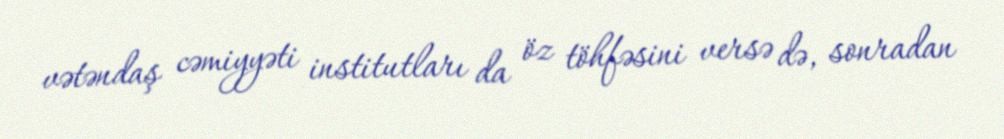
vətəndaş cəmiyyəti institutları da öz töhfəsini versə də, sonradan